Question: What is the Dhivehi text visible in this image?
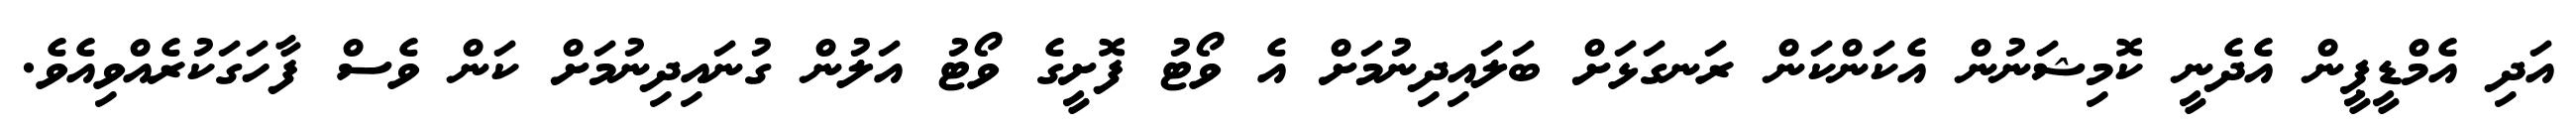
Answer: އަދި އެމްޑީޕީން އެދެނީ ކޮމިޝަނުން އެކަންކަން ރަނގަޅަށް ބަލައިދިނުމަށް އެ ވޯޓު ފޮށީގެ ވޯޓު އަލުން ގުނައިދިނުމަށް ކަން ވެސް ފާހަގަކުރެއްވިއެވެ.